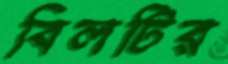
বিলটির